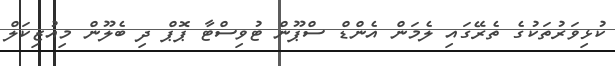
ކުޅިވަރުތަކުގެ ތެރޭގައި ލެމަން އެންޑް ސްޕޫން ޓުވިސްޓާ ޕޮޕް ދި ބެލޫން މިއުޒިކަލް